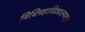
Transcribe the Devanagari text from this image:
विधिमहाविद्यालयातून